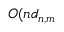
O ( n d _ { n , m }